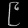
Digit: ၉